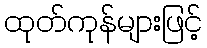
ထုတ်ကုန်များဖြင့်